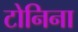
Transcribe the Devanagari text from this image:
टोनिना